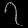
Digit: ၇